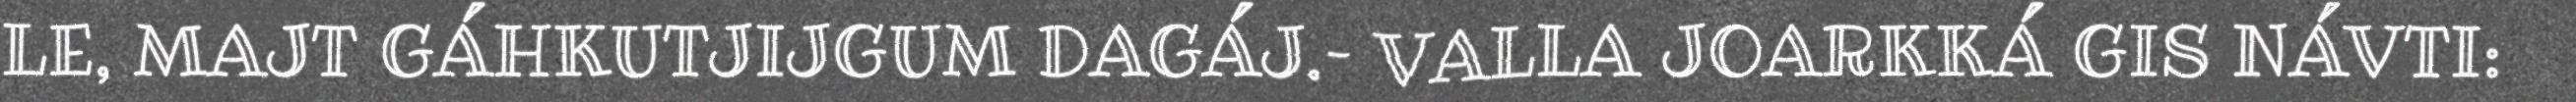
LE, MAJT GÁHKUTJIJGUM DAGÁJ.– VALLA JOARKKÁ GIS NÁVTI: